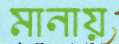
মানায়